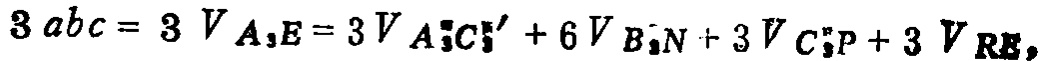
\(3abc = 3V_{A_{3}E}=3V_{A_{3}^{''}C_{3}^{''}}+6V_{B_{3}^{''}N}+3V_{C_{3}^{''}P}+3V_{R_{3}E}\)